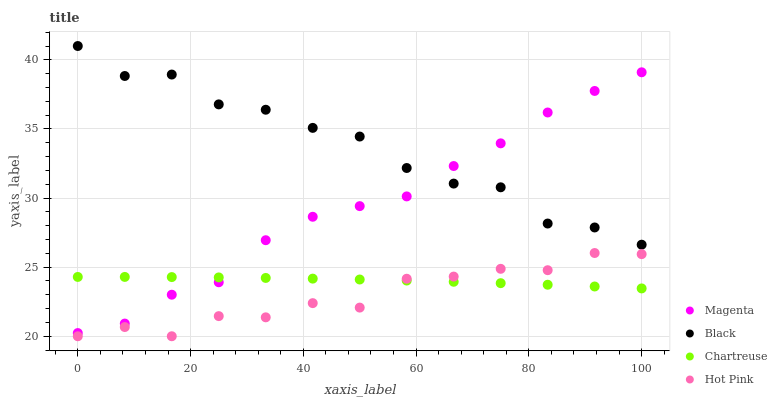
| xaxis_label | Magenta | Black | Chartreuse | Hot Pink |
 | --- | --- | --- | --- | --- |
 | 0 | 20.2 | 41 | 24.3 | 20 |
 | 8.33 | 20.9 | 38.8 | 24.3 | 20.7 |
 | 16.7 | 23 | 38.9 | 24.3 | 20 |
 | 25 | 23.9 | 36.8 | 24.3 | 21.5 |
 | 33.3 | 26.9 | 36.4 | 24.2 | 21.4 |
 | 41.7 | 28.6 | 35.1 | 24.2 | 22.4 |
 | 50 | 29.4 | 34.4 | 24.1 | 22.1 |
 | 58.3 | 30.1 | 32.2 | 24 | 24.2 |
 | 66.7 | 32.3 | 31 | 23.9 | 24.3 |
 | 75 | 34 | 30.8 | 23.8 | 24.9 |
 | 83.3 | 36.2 | 28.2 | 23.7 | 24.8 |
 | 91.7 | 37.7 | 27.9 | 23.6 | 26 |
 | 100 | 39.1 | 26.6 | 23.5 | 25.9 |